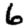
Digit: 6